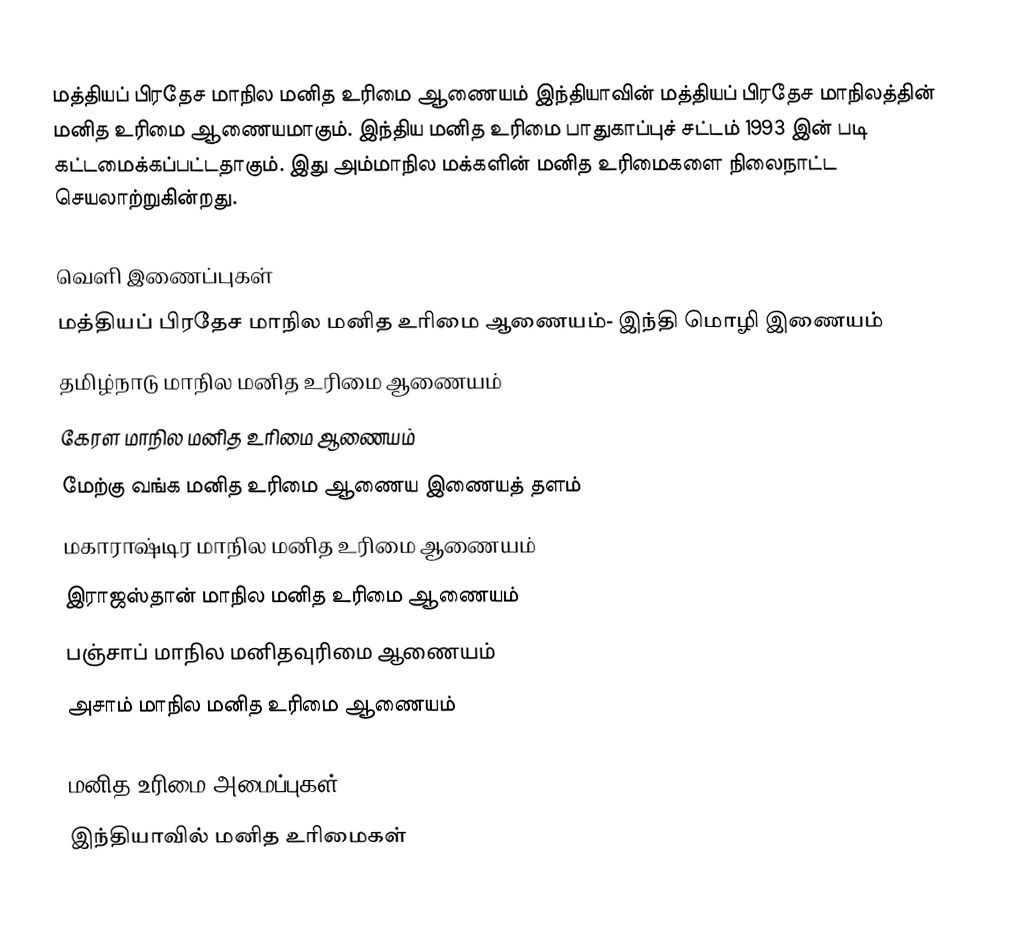
மத்தியப் பிரதேச மாநில மனித உரிமை ஆணையம் இந்தியாவின் மத்தியப் பிரதேச மாநிலத்தின் மனித உரிமை ஆணையமாகும். இந்திய மனித உரிமை பாதுகாப்புச் சட்டம் 1993 இன் படி கட்டமைக்கப்பட்டதாகும். இது அம்மாநில மக்களின் மனித உரிமைகளை நிலைநாட்ட செயலாற்றுகின்றது.

வெளி இணைப்புகள்
மத்தியப் பிரதேச மாநில மனித உரிமை ஆணையம்- இந்தி மொழி இணையம்
தமிழ்நாடு மாநில மனித உரிமை ஆணையம்
கேரள மாநில மனித உரிமை ஆணையம்
மேற்கு வங்க மனித உரிமை ஆணைய இணையத் தளம்
மகாராஷ்டிர மாநில மனித உரிமை ஆணையம்
இராஜஸ்தான் மாநில மனித உரிமை ஆணையம்
பஞ்சாப் மாநில மனிதவுரிமை ஆணையம்
அசாம் மாநில மனித உரிமை ஆணையம்

மனித உரிமை அமைப்புகள்
இந்தியாவில் மனித உரிமைகள்